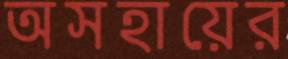
অসহায়ের